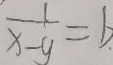
\frac { 1 } { x - y } = b